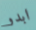
ابدو